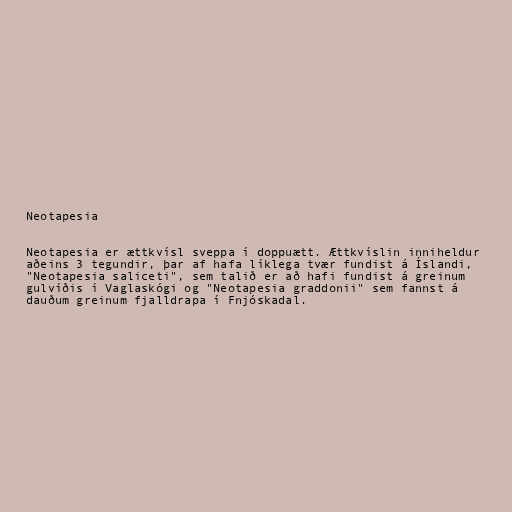
Neotapesia

Neotapesia er ættkvísl sveppa í doppuætt. Ættkvíslin inniheldur
aðeins 3 tegundir, þar af hafa líklega tvær fundist á Íslandi,
"Neotapesia saliceti", sem talið er að hafi fundist á greinum
gulvíðis í Vaglaskógi og "Neotapesia graddonii" sem fannst á
dauðum greinum fjalldrapa í Fnjóskadal.